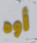
أوه